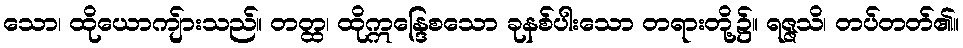
သော၊ ထိုယောကျ်ားသည်။ တတ္ထ၊ ထိုဣန္ဒြေစသော ခုနစ်ပါးသော တရားတို့၌။ ရဇ္ဇသိ၊ တပ်တတ်၏။